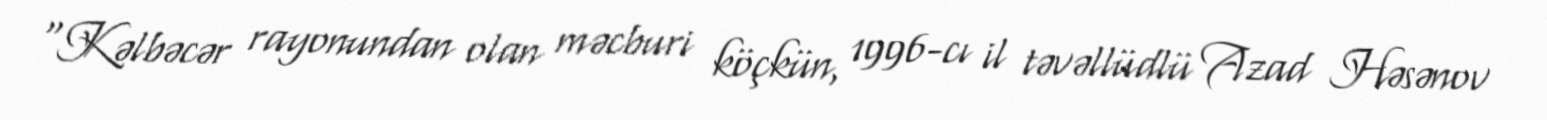
"Kəlbəcər rayonundan olan məcburi köçkün, 1996-cı il təvəllüdlü Azad Həsənov